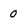
Character: 0